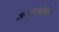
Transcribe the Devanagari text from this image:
अभ्यासदेखील